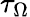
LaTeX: \tau_{\Omega}